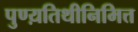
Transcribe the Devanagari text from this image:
पुण्य़तिथीनिमित्त